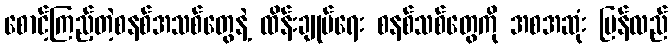
စောင့်ကြည့်တဲ့စနစ်အသစ်တွေနဲ့ ထိန်းချုပ်ရေး စနစ်သစ်တွေကို အစအဆုံး ပြန်လည်